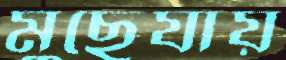
মুছেযায়